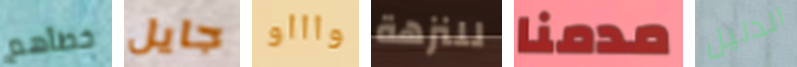
خطأهم جايل واااو للنزهة مدمنا الدليل